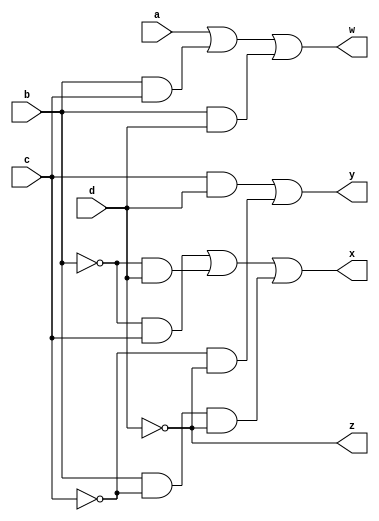
`timescale 1ns / 1ps
//////////////////////////////////////////////////////////////////////////////////
// Company: 
// Engineer: 
// 
// Design Name: 
// Module Name: lab2_1
// Project Name: 
// Target Devices: 
// Tool Versions: 
// Description: 
// 
// Dependencies: 
// 
// Revision:
// Revision 0.01 - File Created
// Additional Comments:
// 
//////////////////////////////////////////////////////////////////////////////////


module lab2_1(
    input a,
    input b,
    input c,
    input d,
    output w,
    output x,
    output y,
    output z
    );
    
    assign z = (~d);
    assign y = c & d | (~c) & (~d);
    assign x = ((~b) & c) | ((~b) & d) | (b & (~c) & (~d));
    assign w = a | (b & c) | (b & d);
    
endmodule